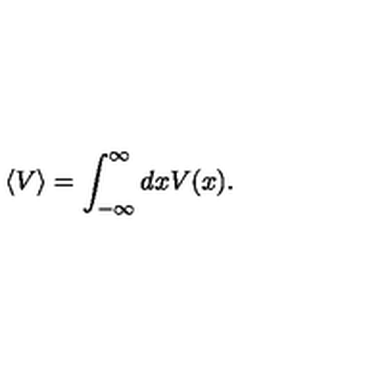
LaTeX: \left< V \right> = \int _ { - \infty } ^ { \infty } d x V ( x ) .